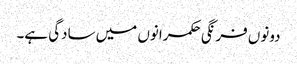
دونوں فرنگی حکمرانوں میں سادگی ہے۔